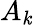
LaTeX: A_{\mathit{k}}